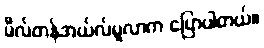
မီလ်တန်အယ်လ်မူလာက ပြောပါတယ်။